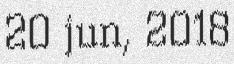
20 jun, 2018